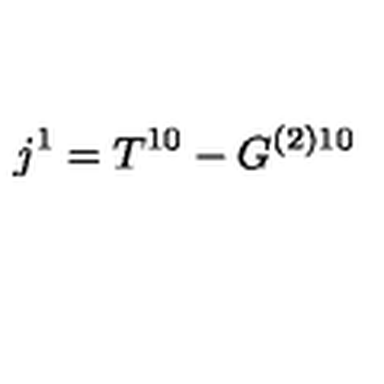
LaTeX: j ^ { 1 } = T ^ { 1 0 } - G ^ { ( 2 ) 1 0 }